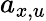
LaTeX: a_{x,u}